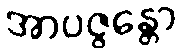
အာပဇ္ဇန္တော